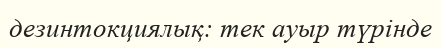
дезинтокциялық: тек ауыр түрінде